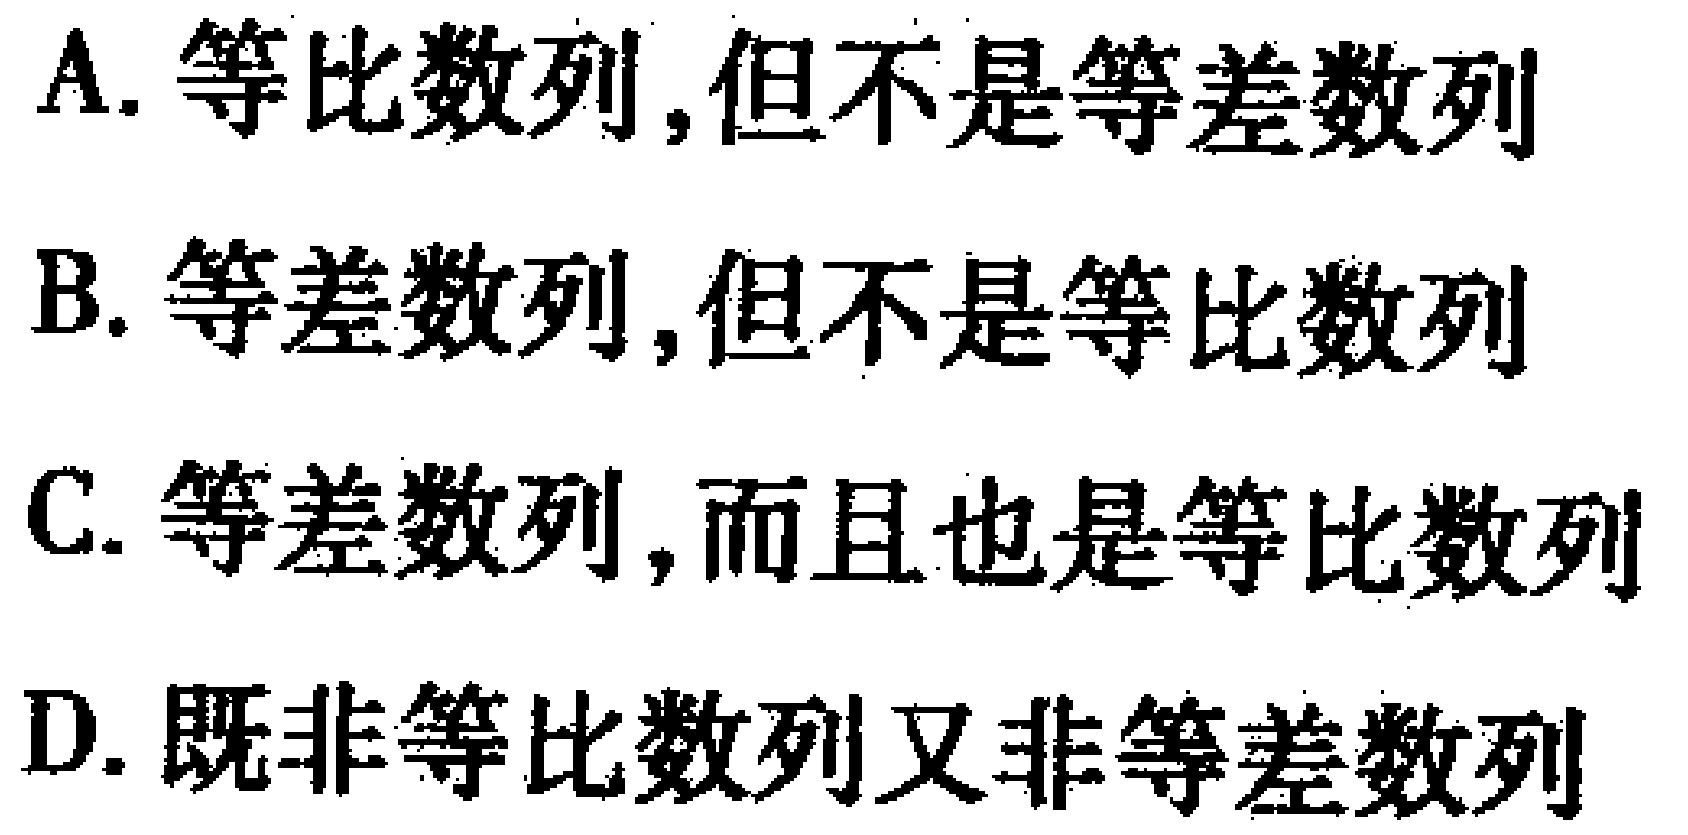
A. 等比数列,但不是等差数列
B. 等差数列,但不是等比数列
C. 等差数列,而且也是等比数列
D. 既非等比数列又非等差数列